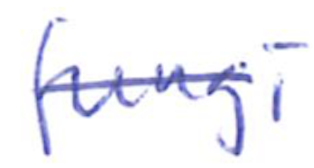
Text: fungi
Cross-out: single-line
Writing tool: ballpoint